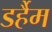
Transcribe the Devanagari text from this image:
डर्हैम